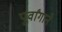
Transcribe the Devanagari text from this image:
पूर्वांगाने